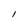
Character: I